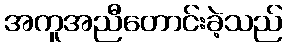
အကူအညီတောင်းခဲ့သည်